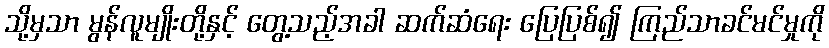
သို့မှသာ မွန်လူမျိုးတို့နှင့် တွေ့သည့်အခါ ဆက်ဆံရေး ပြေပြစ်၍ ကြည်သာခင်မင်မှုကို